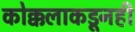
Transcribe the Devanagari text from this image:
कोक्कलाकडूनही